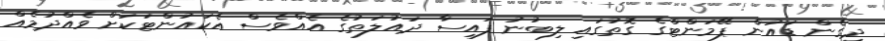
ދީގެން ޑައުން ޕޭމަންޓްގެ ގޮތުގައި ލިބުނު ފައިސާ ދައުލަތުގެ އެއްވެސް އެކައުންޓަކަށް ވެއްދުމެއް